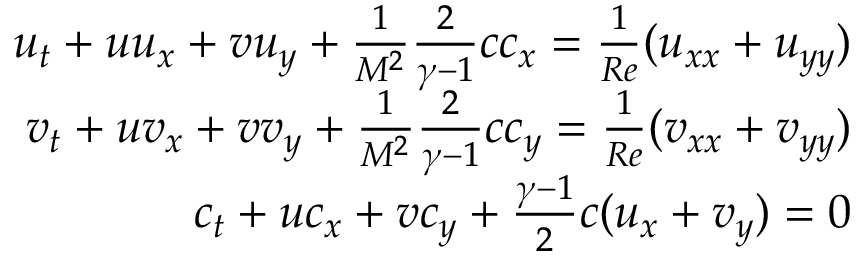
\begin{array} { r } { u _ { t } + u u _ { x } + v u _ { y } + \frac { 1 } { M ^ { 2 } } \frac { 2 } { \gamma - 1 } c c _ { x } = \frac { 1 } { R e } ( u _ { x x } + u _ { y y } ) } \\ { v _ { t } + u v _ { x } + v v _ { y } + \frac { 1 } { M ^ { 2 } } \frac { 2 } { \gamma - 1 } c c _ { y } = \frac { 1 } { R e } ( v _ { x x } + v _ { y y } ) } \\ { c _ { t } + u c _ { x } + v c _ { y } + \frac { \gamma - 1 } { 2 } c ( u _ { x } + v _ { y } ) = 0 } \end{array}